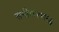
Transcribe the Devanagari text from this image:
समीकरणम्द्ध